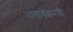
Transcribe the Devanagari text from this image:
भावावेशमयी